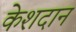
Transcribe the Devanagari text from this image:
केशदान